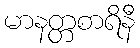
မာနတ္တစာရိနီ